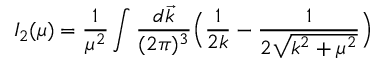
I _ { 2 } ( \mu ) = \frac { 1 } { \mu ^ { 2 } } \int \frac { d \vec { k } } { ( 2 \pi ) ^ { 3 } } \Big ( \frac { 1 } { 2 k } - \frac { 1 } { 2 \sqrt { k ^ { 2 } + \mu ^ { 2 } } } \Big )